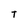
Character: T